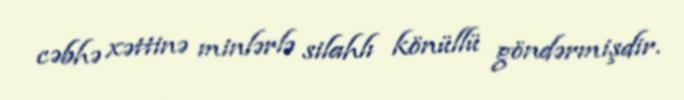
cəbhə xəttinə minlərlə silahlı könüllü göndərmişdir.